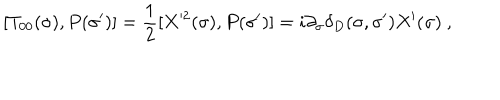
[ T _ { 0 0 } ( \sigma ) , P ( \sigma ^ { \prime } ) ] = \frac { 1 } { 2 } [ X ^ { 2 } ( \sigma ) , P ( \sigma ^ { \prime } ) ] = i \partial _ { \sigma } \delta _ { D } ( \sigma , \sigma ^ { \prime } ) X ^ { \prime } ( \sigma ) \ ,